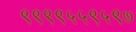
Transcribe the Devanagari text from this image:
९९९९५५९५९७